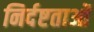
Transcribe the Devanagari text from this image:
निर्दष्टताओं